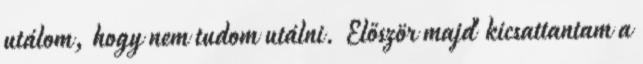
utálom, hogy nem tudom utálni. Először majd' kicsattantam a